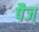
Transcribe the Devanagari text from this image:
पैज्